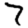
Digit: 7